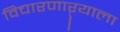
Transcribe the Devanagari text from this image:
विचारणाऱ्याला